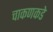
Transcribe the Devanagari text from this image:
चाकणकडे